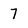
Character: 7